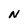
Character: N